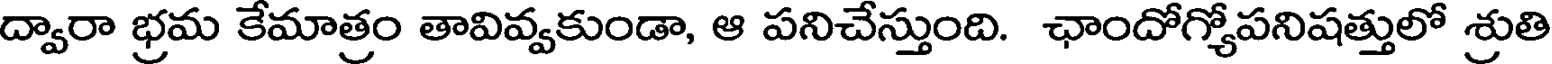
ద్వారా భ్రమ కేమాత్రం తావివ్వకుండా, ఆ పనిచేస్తుంది. ఛాందోగ్యోపనిషత్తులో శ్రుతి